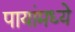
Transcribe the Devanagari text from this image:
पायांमध्ये